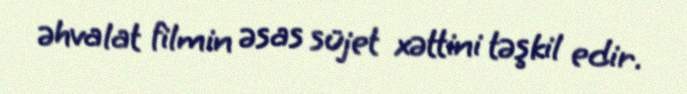
əhvalat filmin əsas süjet xəttini təşkil edir.